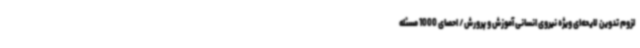
لزوم تدوین لایحه‌ای ویژه نیروی انسانی آموزش و پرورش/ احصای 1000 مسئله